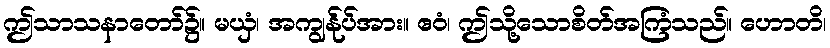
ဤသာသနာတော်၌။ မယှံ၊ အကျွန်ုပ်အား။ ဧဝံ၊ ဤသို့သောစိတ်အကြံသည်။ ဟောတိ၊